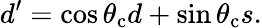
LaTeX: d^{\prime}=\cos\theta_{\mathrm{c}}d+\sin\theta_{\mathrm{c}}s.